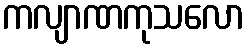
ကလျာဏကုသလော